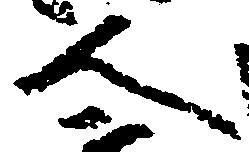
人